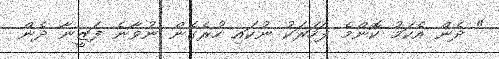
" ދެން އެކަމު ކޮންމެ ފަހަރަކު ނުކައި ހުރެގެން ނުވާނެ ފަޒީނާ ދެން